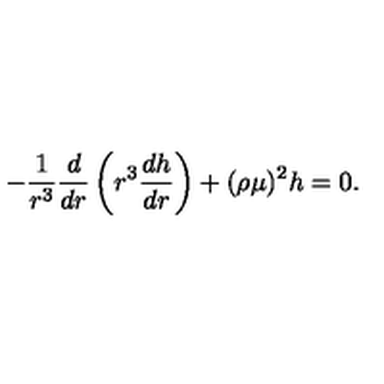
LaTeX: - \frac { 1 } { r ^ { 3 } } \frac { d } { d r } \left( r ^ { 3 } \frac { d h } { d r } \right) + ( \rho \mu ) ^ { 2 } h = 0 .